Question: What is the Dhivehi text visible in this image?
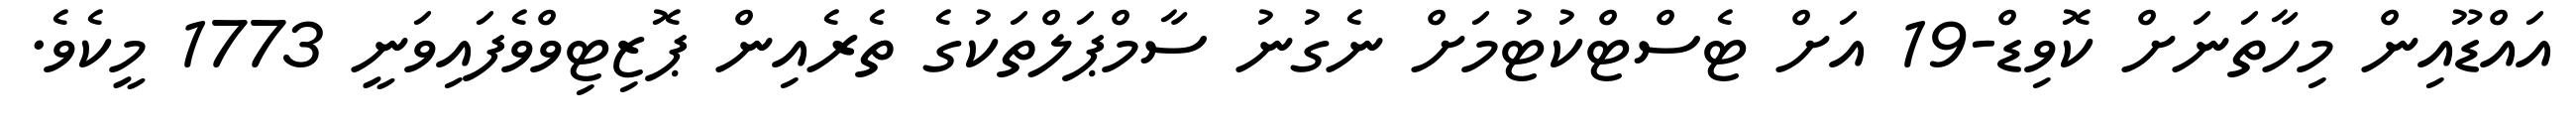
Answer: އައްޑޫއިން މިހާތަނަށް ކޮވިޑް-19 އަށް ޓެސްޓްކުޓުމަށް ނެގުނު ސާމްޕަލްތަކުގެ ތެރެއިން ޕޮޒިޓިވްވެފައިވަނީ 1773 މީކެވެ.